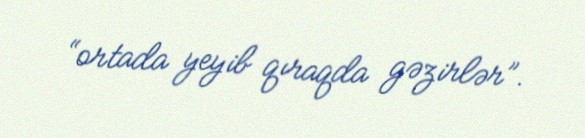
“ortada yeyib qıraqda gəzirlər”.